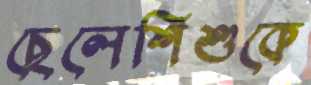
ছেলেশিশুকে